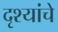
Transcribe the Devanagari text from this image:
दृश्यांचे